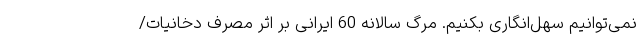
نمی‌توانیم سهل‌انگاری بکنیم. مرگ سالانه 60 ایرانی بر اثر مصرف دخانیات/